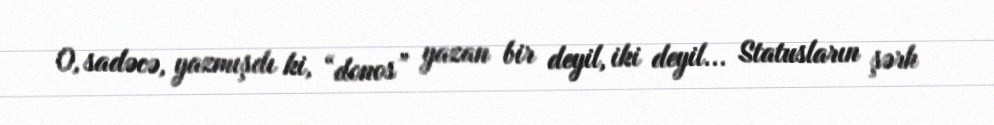
O, sadəcə, yazmışdı ki, “donos” yazan bir deyil, iki deyil... Statusların şərh